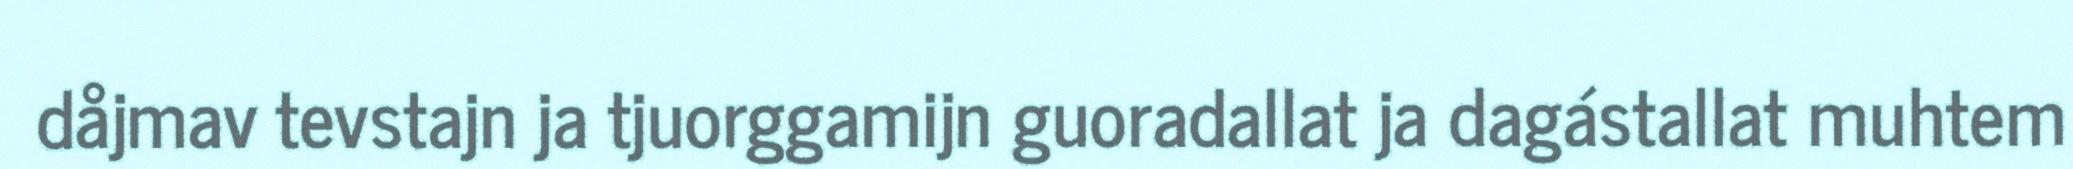
dåjmav tevstajn ja tjuorggamijn guoradallat ja dagástallat muhtem